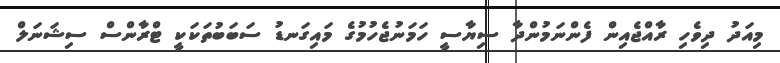
މިއަދު ދިވެހި ރާއްޖެއިން ފެންނަމުންދާ ސިޔާސީ ހަމަނުޖެހުމުގެ މައިގަނޑު ސަބަބުތަކަކީ ޓްރާންސް ސިޝަނަލް